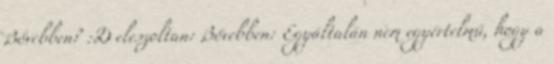
Bővebben? :D eleszoltan: Bővebben: Egyáltalán nem egyértelmű, hogy a